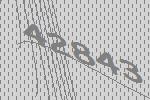
42843